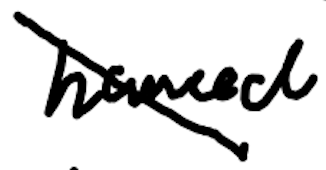
Text: named
Cross-out: diagonal
Writing tool: digital_black